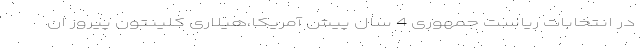
در انتخابات ریاست جمهوری 4 سال پیش آمریکا،هیلاری کلینتون پیروز ان